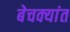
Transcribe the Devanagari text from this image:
बेचक्यांत